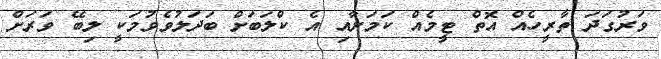
ވަރުގަދަ ތާރީހެއް އޮތް ޓީމެއް ކަމަށާއި އެ ކްލަބަށް ބަދަލުވެވުމަކީ ލިބޭ ވަރަށް